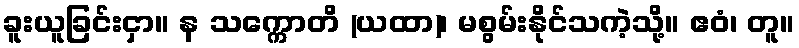
ခူးယူခြင်းငှာ။ န သက္ကောတိ (ယထာ)၊ မစွမ်းနိုင်သကဲ့သို့။ ဧဝံ၊ တူ။